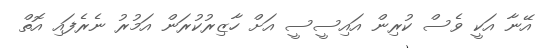
އޭނާ އަކީ ވެސް ކުރިން އައިސީސީ އަށް ހާޒިރުކުރަން އަމުރު ނެރެފައި އޮތް